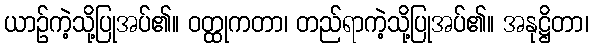
ယာဉ်ကဲ့သို့ပြုအပ်၏။ ဝတ္ထုကတာ၊ တည်ရာကဲ့သို့ပြုအပ်၏။ အနုဋ္ဌိတာ၊